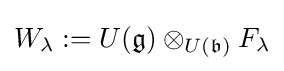
W_{\lambda }:=U({\mathfrak {g}})\otimes _{U({\mathfrak {b}})}F_{\lambda }